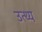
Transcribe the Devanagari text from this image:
उत्थ्य